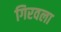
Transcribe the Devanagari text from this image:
गिरवला